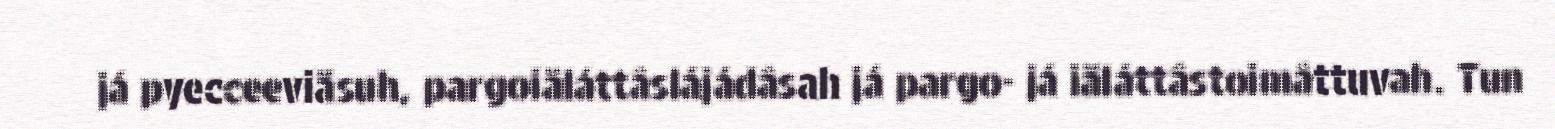
já pyecceeviäsuh, pargoiäláttâslájádâsah já pargo- já iäláttâstoimâttuvah. Tun